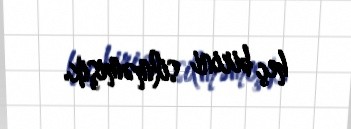
heç birini silməmişik.